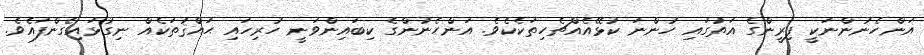
އަންހެނުންނަކީ ފިރީންގެ އަތުގައި ހުންނަ ކުޅޭއެއްޗެހިތަކެކެވެ. އަންހެނުންގެ ކިބައިންވަނީ ހުރިހައި ޙައްޤުތަކެއް ނިގުޅައިގެންފައެވެ.